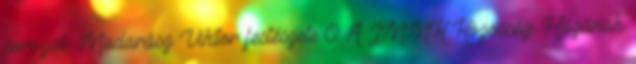
sorozat- Madarász Viktor festészete 0 A JMMK Közösségi Házának